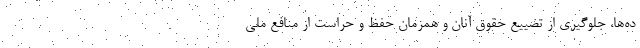
ده‌ها، جلوگیری از تضییع حقوق آنان و همزمان حفظ و حراست از منافع ملی